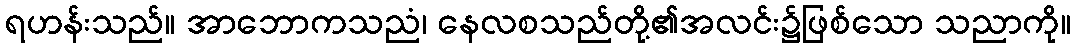
ရဟန်းသည်။ အာဘောကသညံ၊ နေလစသည်တို့၏အလင်း၌ဖြစ်သော သညာကို။